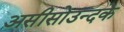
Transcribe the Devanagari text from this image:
असीसोउन्दके